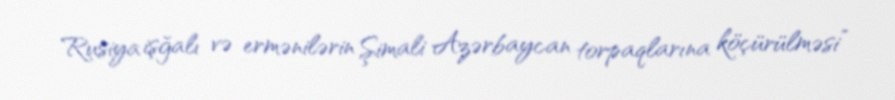
Rusiya işğalı və ermənilərin Şimali Azərbaycan torpaqlarına köçürülməsi”